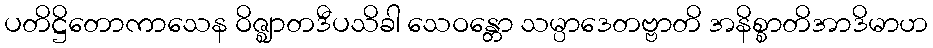
ပတိဋ္ဌိတောကာသေန ဝိဇ္ဈာတဒီပသိခါ သေဝန္တော သမ္ပာဒေတဗ္ဗာတိ အနိစ္စာတိအာဒိမာဟ